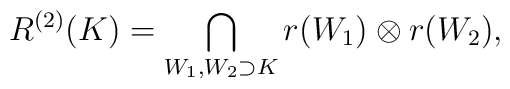
R^{(2)}(K)=\bigcap_{W_1,W_2\supset K}r(W_1)\otimes r(W_2),